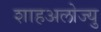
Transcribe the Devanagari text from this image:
शाहअलोज्यु